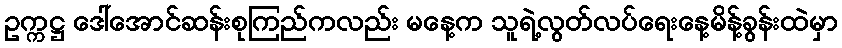
ဥက္ကဋ္ဌ ဒေါ်အောင်ဆန်းစုကြည်ကလည်း မနေ့က သူရဲ့လွတ်လပ်ရေးနေ့မိန့်ခွန်းထဲမှာ